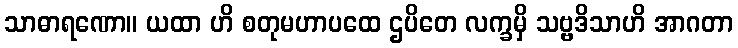
သာဓာရဏော။ ယထာ ဟိ စတုမဟာပထေ ဌပိတေ လက္ခမှိ သဗ္ဗဒိသာဟိ အာဂတာ